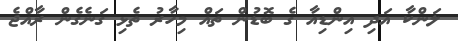
ލަންކާ އަދި އިންޑިއާ ގެ ބޮޑުން ތައް މިހާރު ތެޅި ގަނެގެން ރާއްޖެ